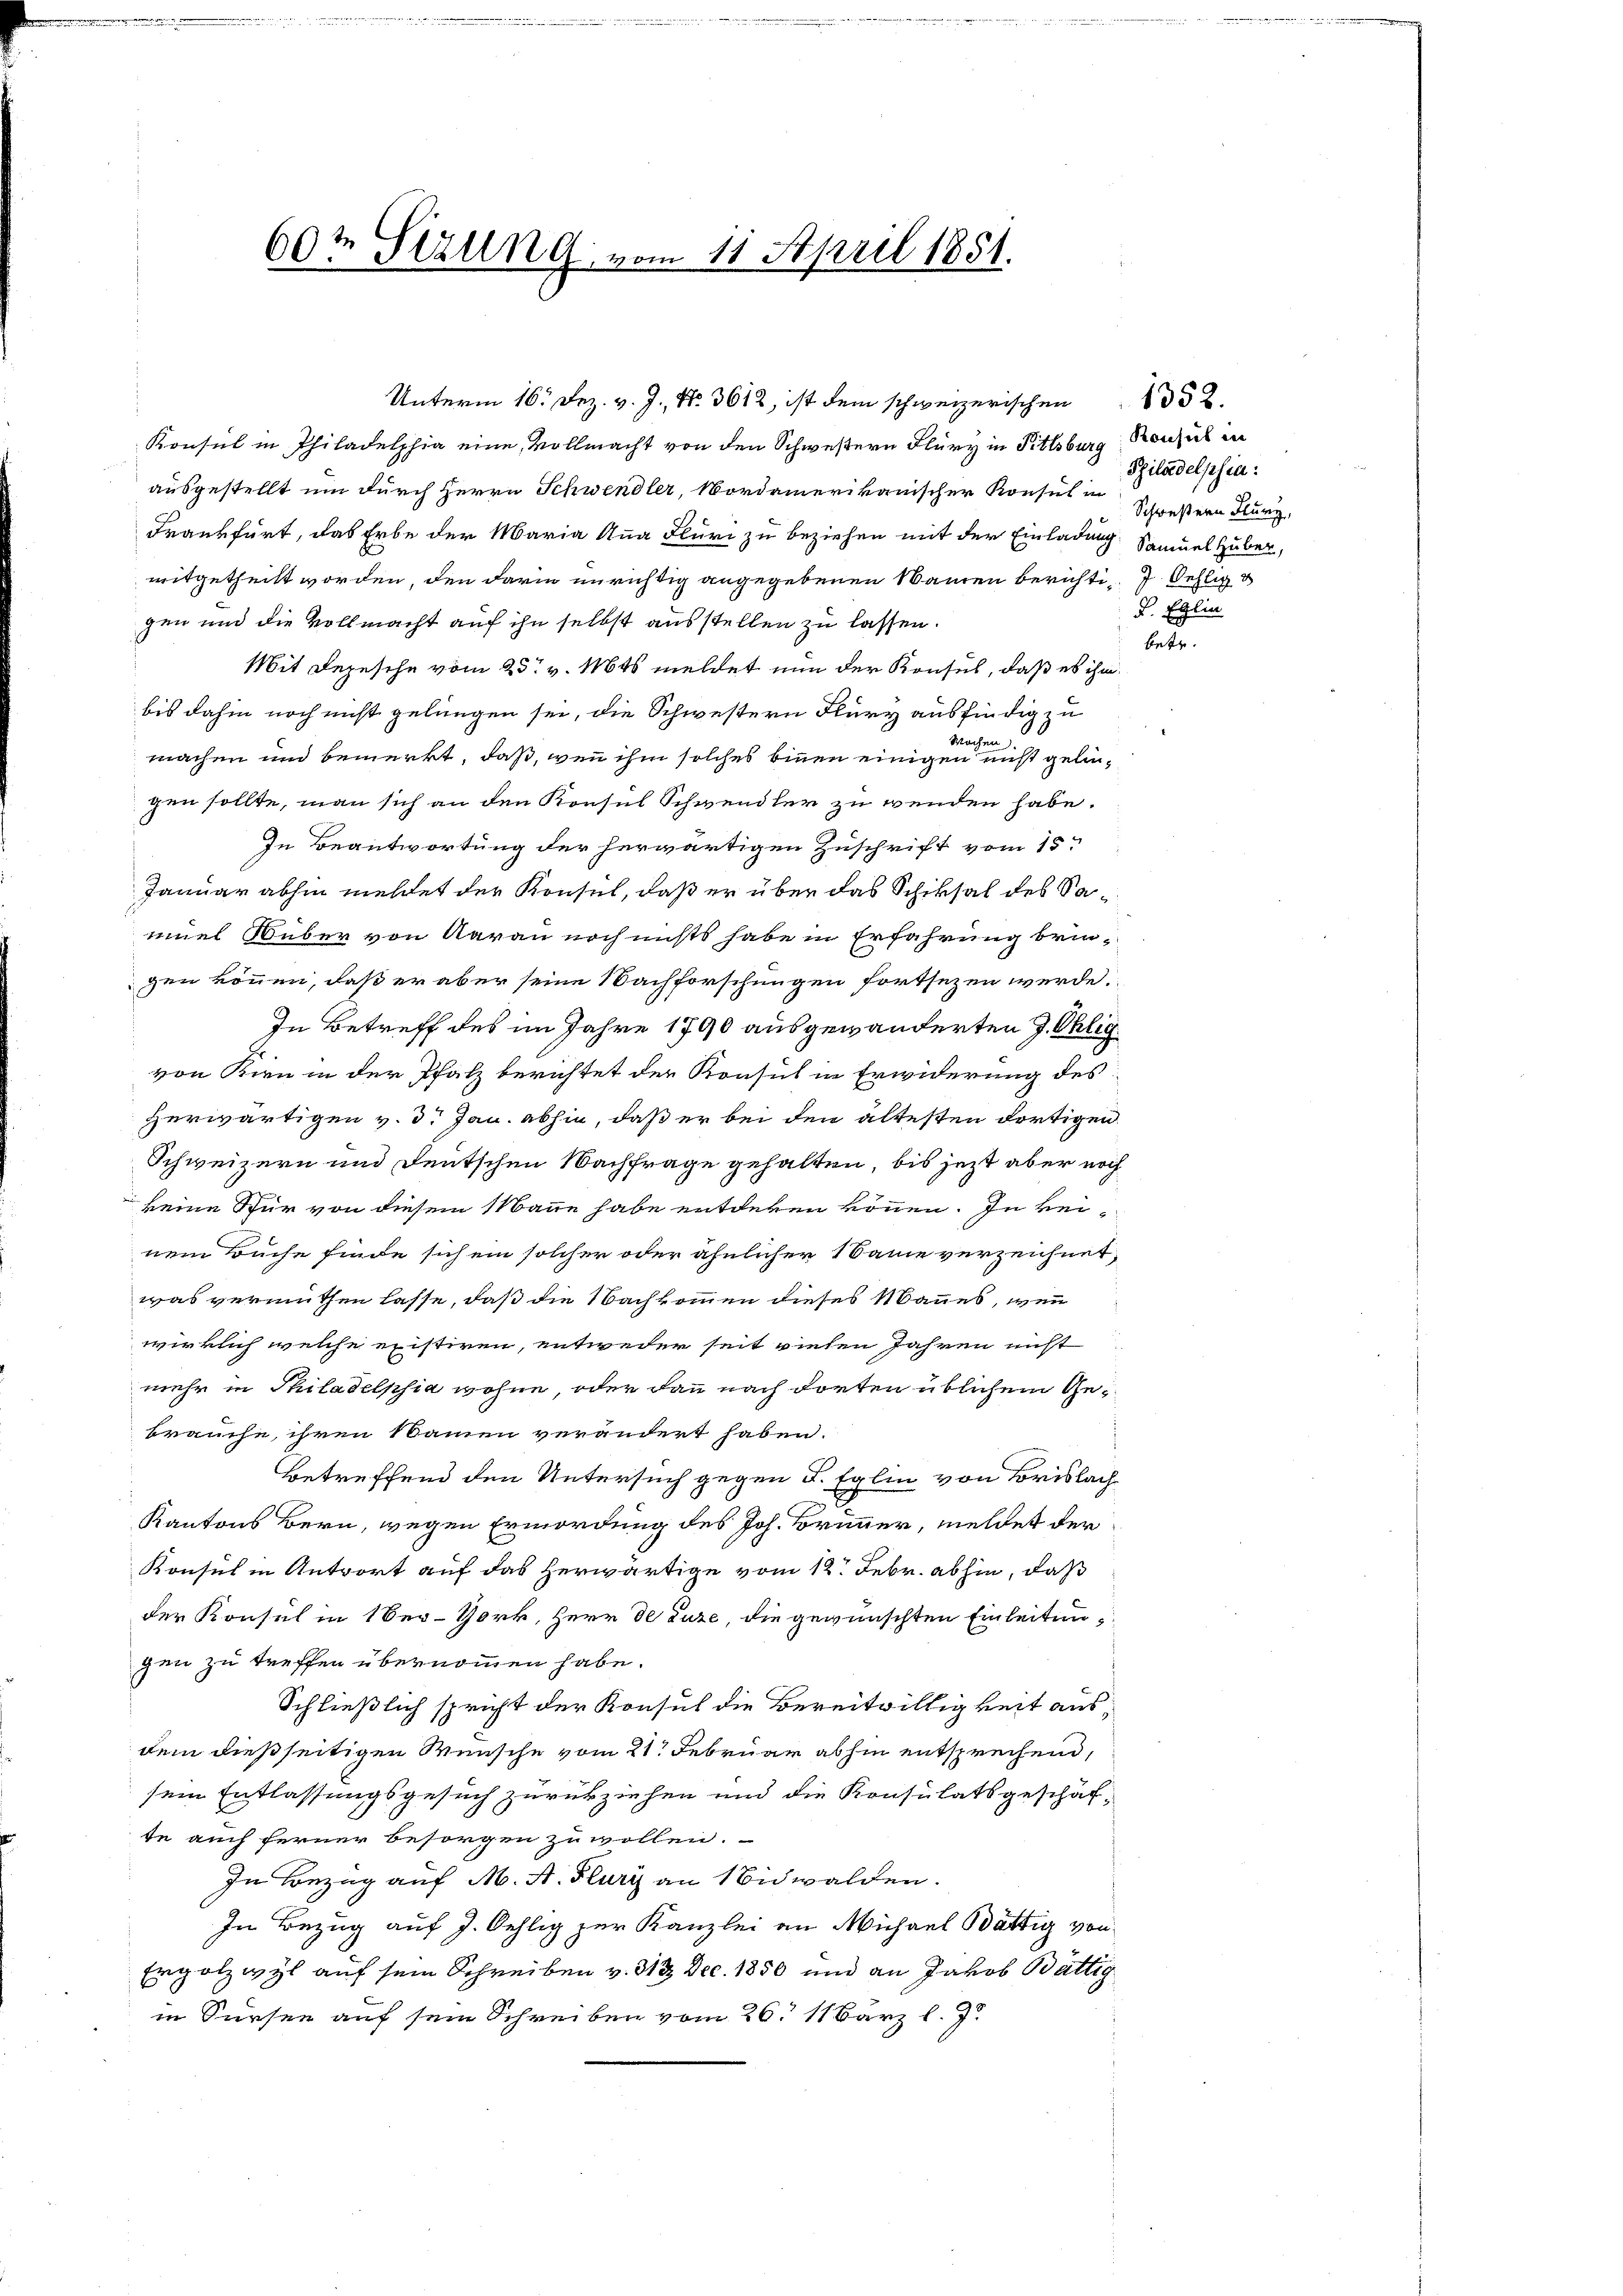
60te Strung vom 11. April 1851.

Konsul in Philadelphia eine Vollmacht von den Schwestern Flury in Pittsburg Konsul in
ausgestellt um durch Herrn Schwendler, Nordamerikanischer Konsul in Schwestern Flury,
Frankfurt, das Erbe der Maria Anna Flüri zu beziehen mit der Einladung Samuel Huben,
mitgetheilt worden, den darin unrichtig angegebenen Namen berichti- 7. Sehlig
gen und die Vollmacht auf ihn selbst ausstellen zu lassen.
Mit Depesche vom 25t v. Mts meldet nun der Konsul, daß es ihm
bis dahin noch nicht gelungen sei, die Schwestern Flury ausfindig zu
Wochen,
machen und bemerkt, daß, wenn ihm solches binnen einigen nicht gelingen sollte, man sich an den Konsul Schwendler zu wenden habe.
In Beantwortung der herwärtigen Zuschrift vom 15.
Januar abhin meldet der Konsul, daß er über das Schiksal des Samel über von Aarau noch nichts habe in Erfahrung bringen können, daß er aber seine Nachforschungen fortsezen werde.
In Betreff des im Jahre 1790 ausgewänderten J. Ohligvon Kirn in der Pfalz berichtet der Konsul in Erwiderung des
Herwärtigen v. d. Jan. abhin, daß er bei den ältesten dortigen
Schweizern und Deutschen Nachfrage gehalten, bis jezt aber noch
keine Spur von diesem Manne habe entdeken können. In keinem Buche finde sich ein solcher oder ähnlicher Same verzeichnet,
was vermuthen lasse, daß die Nachkommen dieses Mannes, wenn
wirklich welche existiren, entweder seit vielen Jahren nicht
mehr in Philadelphia wohne, oder dann nach dorten üblichem Gebrauche, ihren Namen verändert haben.
Betreffend den Untersuch gegen S. Eglin von Brislach
Kantons Bern, wegen Ermordung des Joh. Brunner, meldet der
Konsul in Antwort auf das herwärtige vom 12. Febr. abhin, daß
der Konsul in 1 Ser-Gork, Herr de Luze, die gewünschten Einleitungen zu treffen übernommen habe.
Schließlich spricht der Konsul die Bereitwilligkeit ausdem dießseitigen Wünsche vom 21. Februar abhin entsprechend,
sein Entlassungsgesuch zurückziehen und die Konsulatsgeschäf-
te auch ferner besorgen zu wollen.
In Bezug auf M. A. Flury an Nidwalden.
In Bezug auf J. Oehlig zur Kanzlei an Michael Bättig von
Ergolzwyl auf sein Schreiben v. 313 Dec. 1850 und an Jakob Bättig
in Sursee auf sein Schreiben vom 26. 11 Bärz l. J.

Unterm 16. Dez. v. J., Nr. 3612, ist dem schweizerischen 1352.

Philadelphia:

F. Eglin
betr.